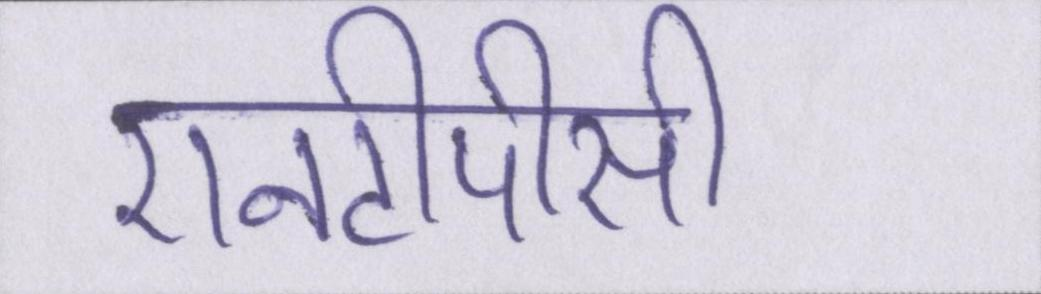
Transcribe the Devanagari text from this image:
एनटीपीसी